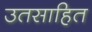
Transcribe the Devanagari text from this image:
उतसाहित